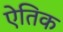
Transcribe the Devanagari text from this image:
ऐतिक